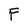
Character: F